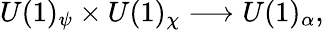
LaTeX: U(1)_{\psi}\times U(1)_{\chi}\longrightarrow U(1)_{\alpha},